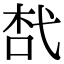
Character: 𢎋